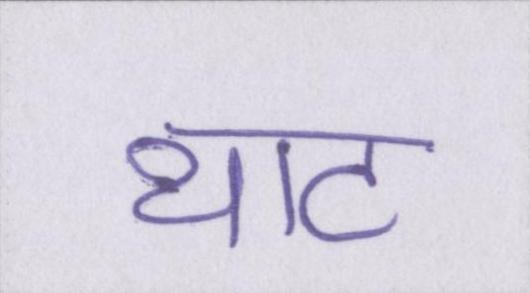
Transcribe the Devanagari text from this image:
थाट